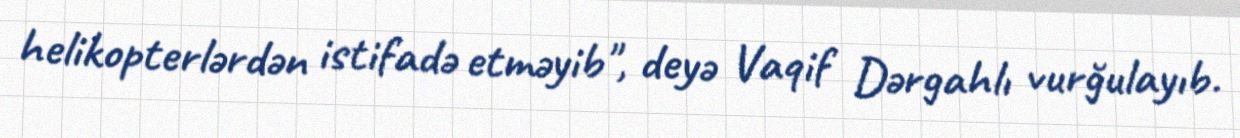
helikopterlərdən istifadə etməyib", deyə Vaqif Dərgahlı vurğulayıb.